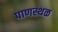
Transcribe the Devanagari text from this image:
पाणस्थळ